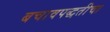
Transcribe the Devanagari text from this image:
बचावपद्धतीचा